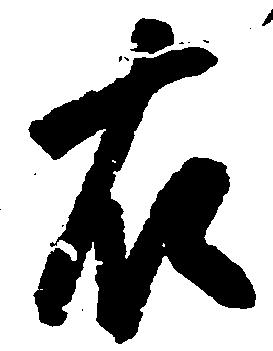
右